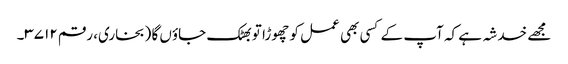
مجھے خدشہ ہے کہ آپ کے کسی بھی عمل کو چھوڑا تو بھٹک جاؤں گا (بخاری، رقم ۳۷۱۲۔